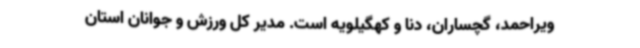
ویراحمد، گچساران، دنا و کهگیلویه است. مدیر کل ورزش و جوانان استان